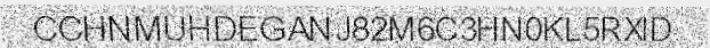
CCHNMUHDEGANJ82M6C3HN0KL5RXID